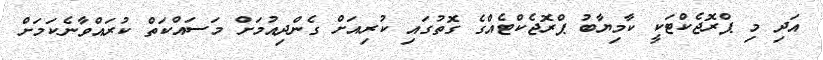
އަދި މި ޕްރޮޖެކްޓަކީ ކާމިޔާބު ޕްރޮޖެކްޓެއްގެ ގޮތުގައި ކުރިއަށް ގެންދިއުމަށް މަސައްކަތް ކުރައްވާނެކަމަށް